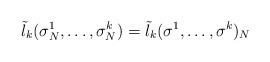
LaTeX: \begin{align*}\tilde{l}_k(\sigma_N^1,\dots,\sigma_N^k) = \tilde{l}_k(\sigma^1,\dots,\sigma^k)_N\end{align*}